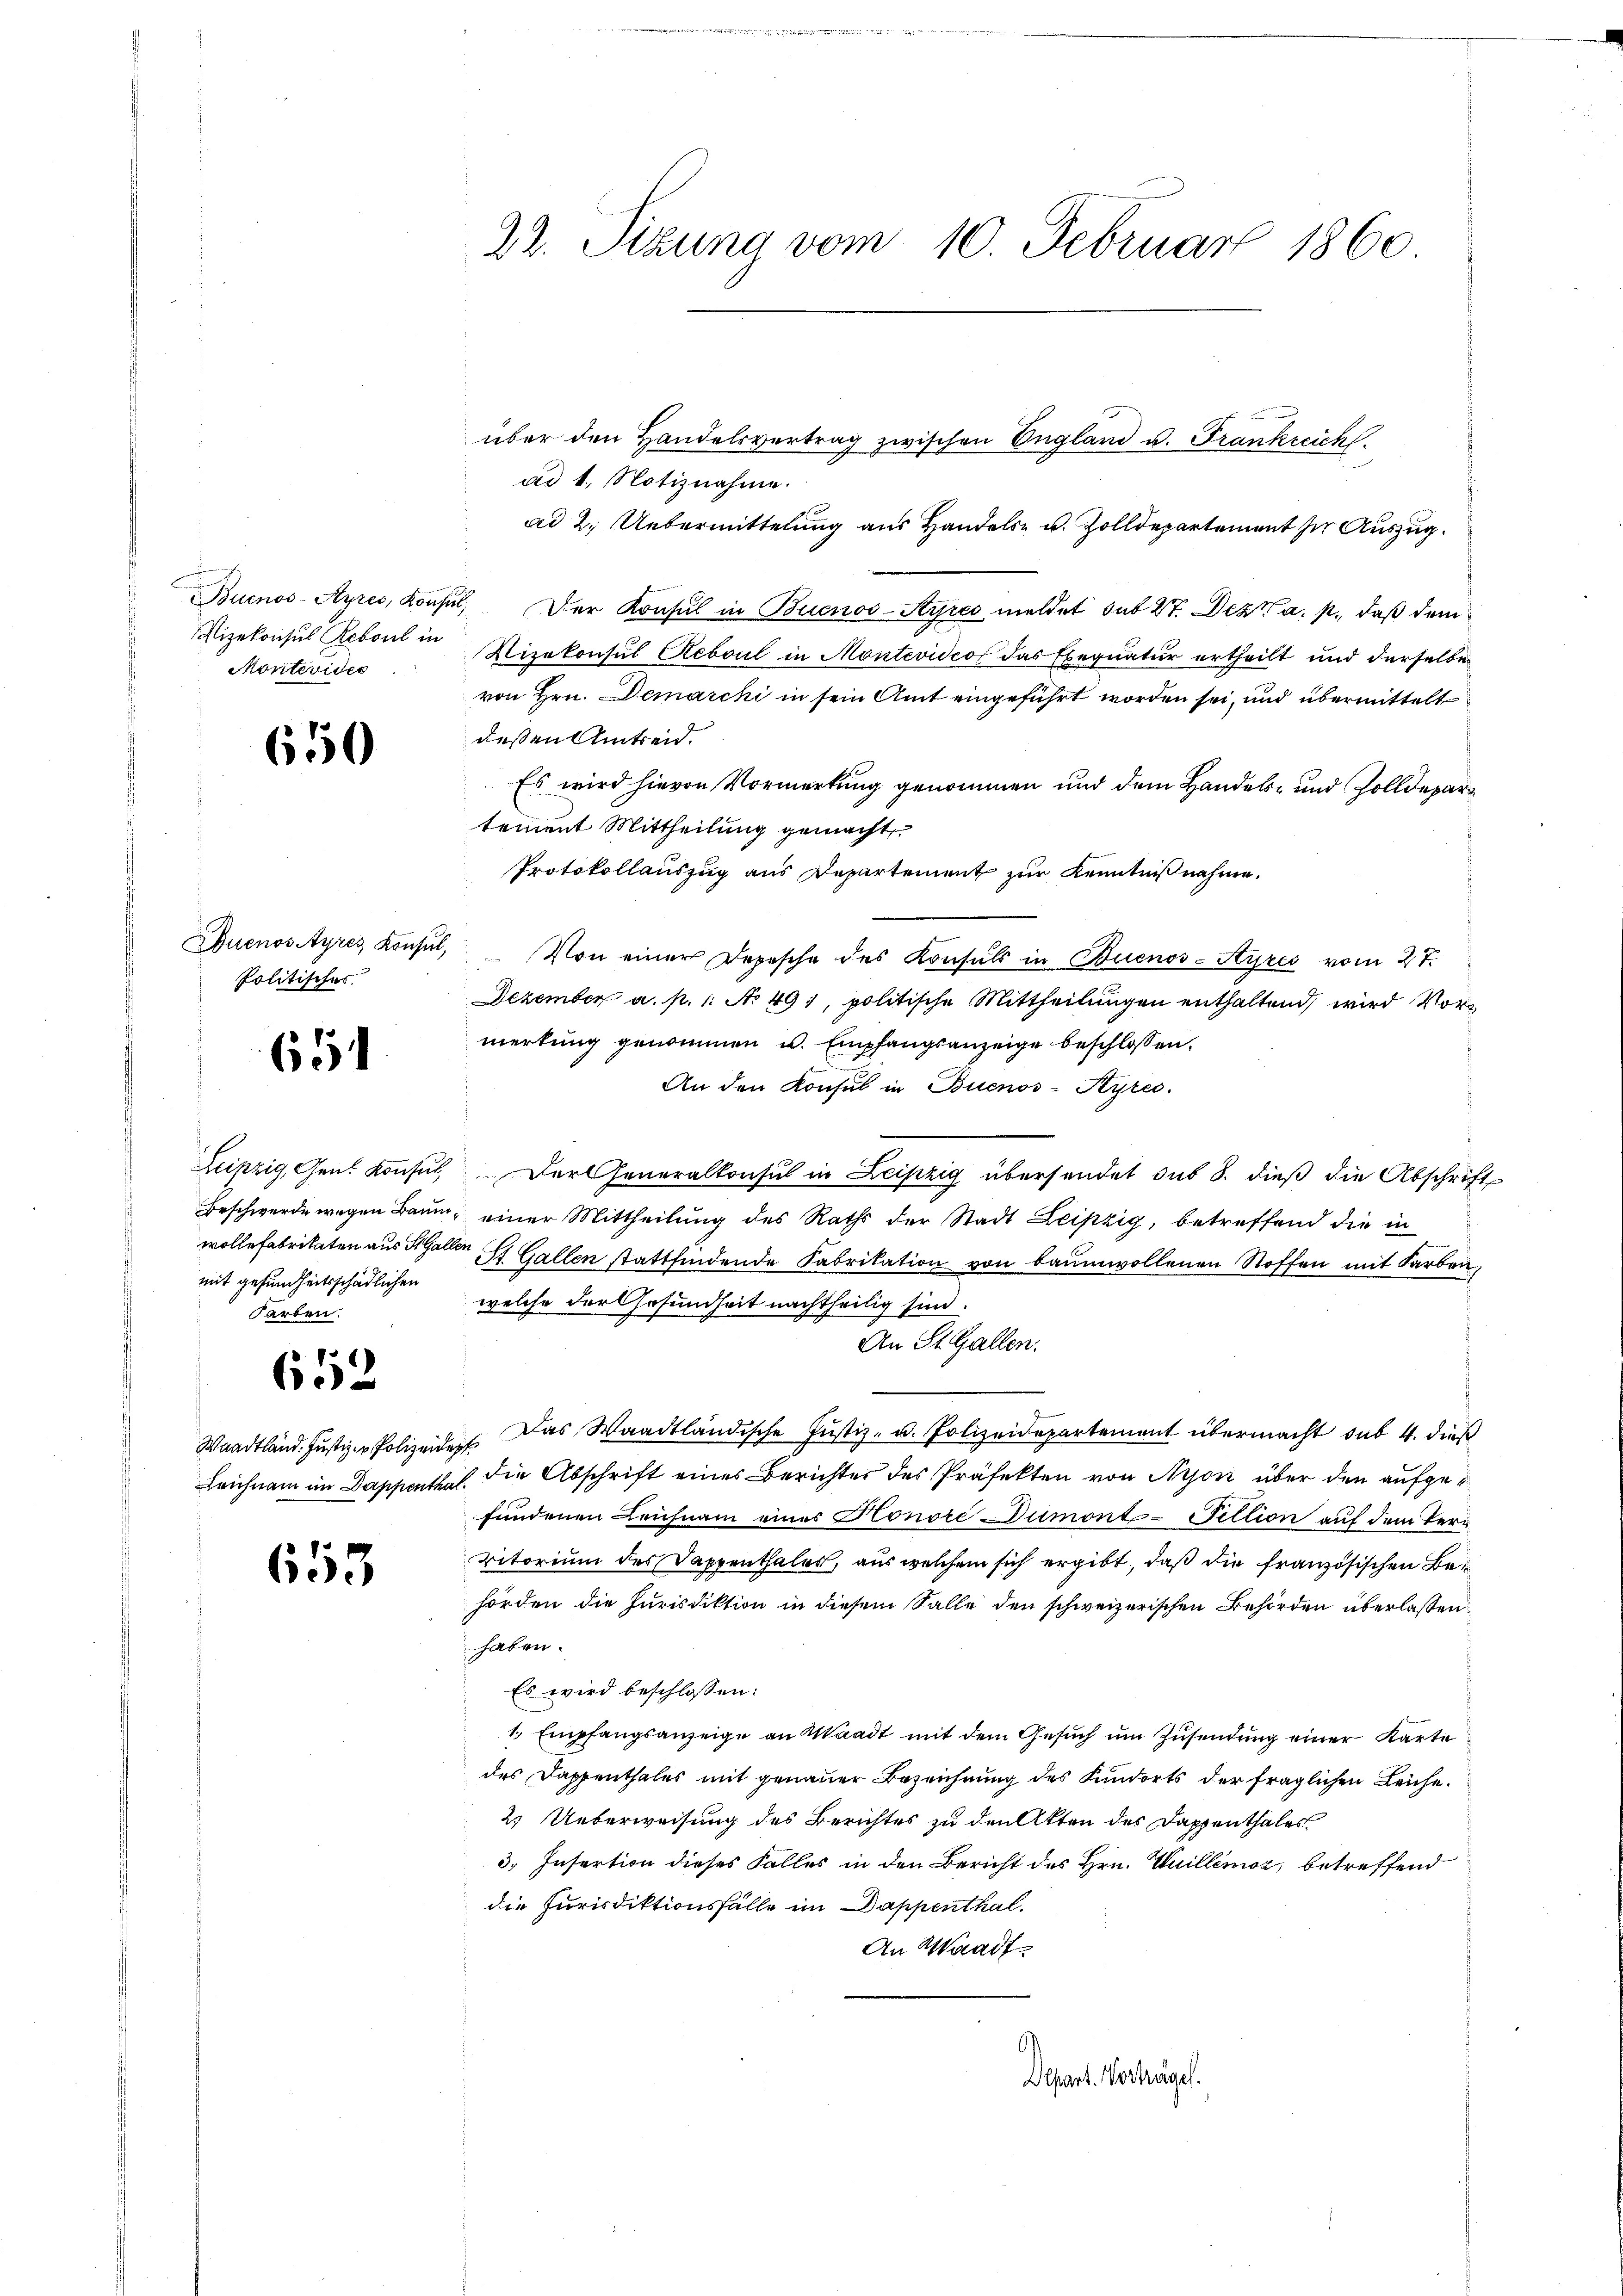
e
Montevider

650

Politisches

654

mit gesundheitsschädlichen
Farben.

652

653

ad 1. Notiznahme.
ad 2. Uebermittelung aus Handels- u. Zolldepartement zur Auszug.
Buenos-Ayres, Konsul, Der Konsul in Buenos-Ayres meldet sub 27. Dez. a. p., daß demizekonsul Rebout in Vicekonsul Reboul in Montevideo das Exequatur ertheilt und derselben
von Hrn. Demarcki in sein Amt eingeführt worden sei, und übermittelt
dessen Amtseid.
Es wird hievon Vormerkung genommen und dem Handels- und Zolldepar
tement Mittheilung gemacht
Protokollauszug aus Departement zur Kenntnißnahme.
Auenossyrez Konsul, Von einer Depesche des Konsuls in Buenos-Styres vom 27.
Dezember a. p. 1. No 491, politische Mittheilungen enthaltend, wird Vormerkung genommen u. Empfangsanzeige beschlossen:
An den Konsul in Buenos-Ayres.
Leipzig, Gens Konsul, Der Generalkonsul in Leipzig übersendet sub 8. dieß die Abschrift
Beschwerde wegen Baum, einer Mittheilung des Raths der Stadt Leipzig, betreffend die in
wolle Fabrikaten aus Fallen St. Gallen stattfindende Fabrikation von baumwollenen Stoffen mit Farben,
welche der Gesundheit nachtheilig sind.
An St. Gallen.
Waadtländ. Justiz - Polizeiden. Das Waadtländische Justiz- u. Polizeidepartement übermacht sub 4. dieß
Leichnam im Dappenthal die Abschrift eines Berichtes des Präfekten von Arson über den aufgefundenen Leichnam eines Honore Dumont-Fellion auf dem Verg
vitorium des Dappenthaler, aus welchem sich ergibt, daß die französischen Behorden die Jurisdiktion in diesem Salle den schweizerischen Behörden überlassen:
haben.
Es wird beschlossen:
1. Empfangsanzeige an Waadt mit dem Gesuch um Zusendung einer Karte
des Dappenthales mit genauer Bezeichnung des Fundorts der fraglichen Leiche.
2. Ueberweisung des Berichtes zu den Akten des Dappenthales
3. Insertion dieses Falles in den Bericht des Hrn. Guillenior, betreffend
die Jurisdiktionsfälle im Dappenthal.
An Waadt.
)
Depart. Vorträge.

22. Sizung vom 10. Februar 1860

über den Handelsvertrag zwischen England u. Frankreich